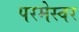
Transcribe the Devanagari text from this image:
परमेस्वर